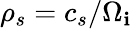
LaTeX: \rho_{s}=c_{s}/\Omega_{\mathbf{i}}